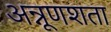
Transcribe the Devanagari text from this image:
अन्नूणशता